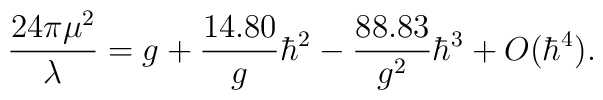
{24\pi \mu^{2} \over \lambda}=g+{14.80 \over g}\hbar^{2}-{88.83 \over g^{2}}\hbar^{3}+O(\hbar^{4}).